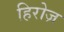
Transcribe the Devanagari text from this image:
हिरोज़